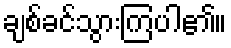
ချစ်ခင်သွားကြပါ၏။